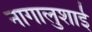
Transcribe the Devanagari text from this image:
नागालुशाई